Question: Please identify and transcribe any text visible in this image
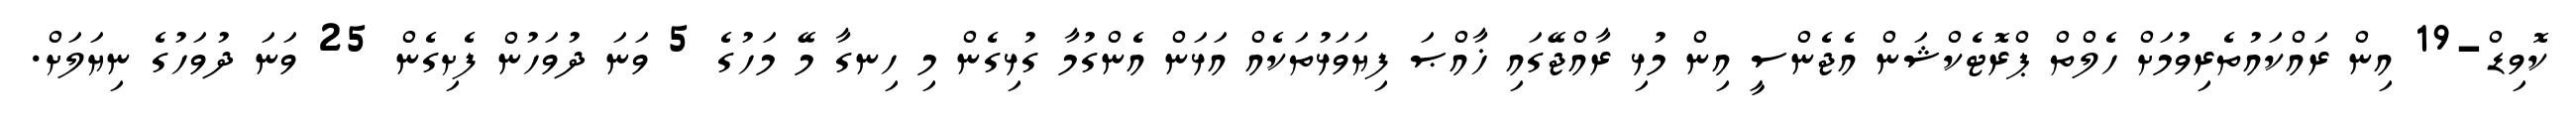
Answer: ކޮވިޑް-19 އިން ރައްކައުތެރިވުމަށް ހެލްތް ޕްރޮޓެކްޝަން އެޖެންސީ އިން މުޅި ރާއްޖޭގައި ޚާއްޞަ ފިޔަވަޅުތަކެއް އަޅަން އެންގުމާ ގުޅިގެން މި ހިނގާ މޭ މަހުގެ 5 ވަނަ ދުވަހުން ފެށިގެން 25 ވަނަ ދުވަހުގެ ނިޔަލަށް.